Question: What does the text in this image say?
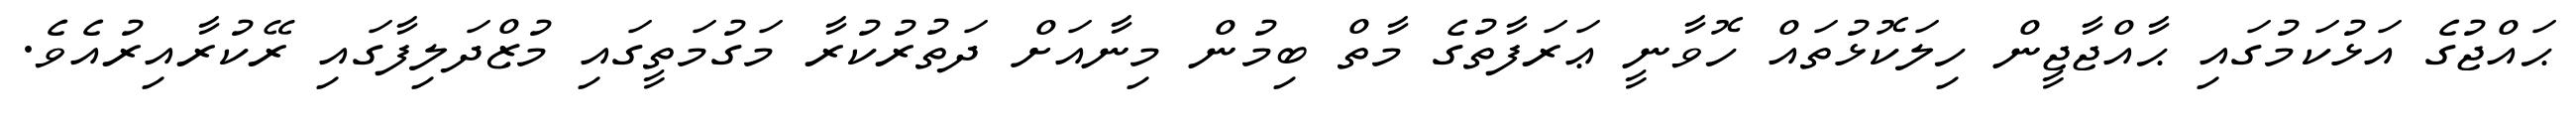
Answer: ޙައްޖުގެ އަޅުކަމުގައި ޙާއްޖާޖީން ހިލަކޮޅުތައް ހޮވާނީ ޢަރަފާތުގެ މާތް ބިމުން މިނާއަށް ދަތުރުކުރާ މަގުމަތީގައި މުޒްދަލިފާގައި ރޭކުރާއިރުއެވެ.